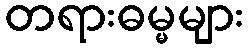
တရားဓမ္မများ